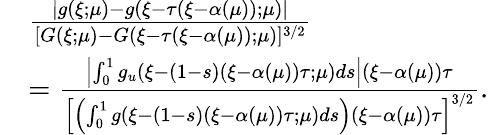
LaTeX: \begin{array}{rl}&{\frac{|g(\xi;\mu)-g(\xi-\tau(\xi-\alpha(\mu));\mu)|}{[G(\xi;\mu)-G(\xi-\tau(\xi-\alpha(\mu));\mu)]^{3/2}}}\\ &{=\frac{\left|\int_{0}^{1}g_{u}(\xi-(1-s)(\xi-\alpha(\mu))\tau;\mu)ds\right|(\xi-\alpha(\mu))\tau}{\left[\left(\int_{0}^{1}g(\xi-(1-s)(\xi-\alpha(\mu))\tau;\mu)ds\right)(\xi-\alpha(\mu))\tau\right]^{3/2}}.}\end{array}